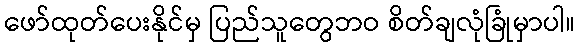
ဖော်ထုတ်ပေးနိုင်မှ ပြည်သူတွေဘဝ စိတ်ချလုံခြုံမှာပါ။